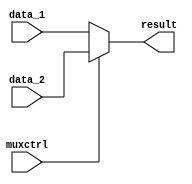

module mux(muxctrl, data_1, data_2, result);
    input muxctrl;
    input [31:0] data_1;
    input [31:0] data_2;
    output [31:0] result;
    
    assign result = (!muxctrl)? data_1 : data_2;
   
endmodule